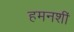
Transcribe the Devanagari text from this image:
हमनशीं